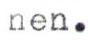
nen.